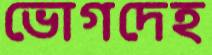
ভোগদেহ